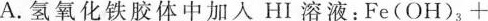
A.氢氧化铁胶体中加入HI溶液：Fe(OH)_{3}+